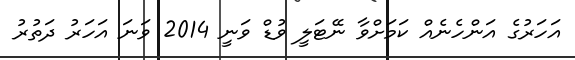
އަހަރުގެ އަންހެނެއް ކަމަށްވާ ނޭޓަލީ ވުޑް ވަނީ 2014 ވަނަ އަހަރު ދަތުރު